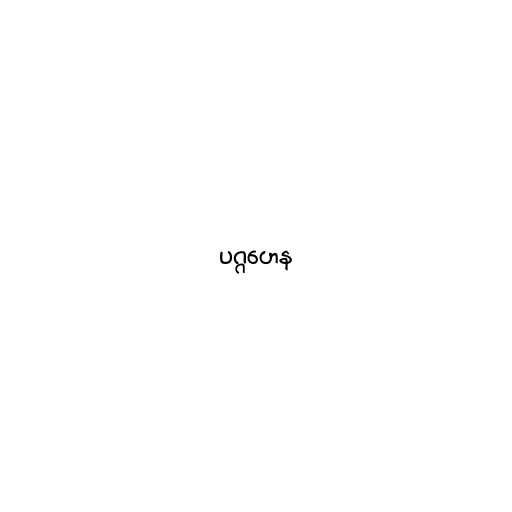
ပဂ္ဂဟေန